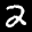
Label: 2